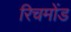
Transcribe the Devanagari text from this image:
रिचमोंड